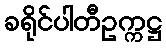
ခရိုင်ပါတီဥက္ကဋ္ဌ